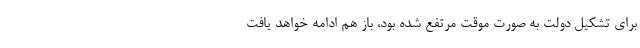
برای تشکیل دولت به صورت موقت مرتفع شده بود، باز هم ادامه خواهد یافت